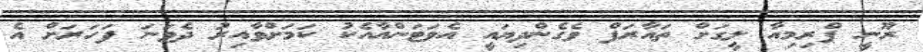
ރޫނީ ޕްރިމިއާ ލީގަށް ތައާރަފް ވެގެންދިޔައީ އެވަޓަންއާއެކު ކަމަށްވާއިރު ދެވަނަ ފަހަރަށް އެ